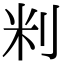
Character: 𫥾